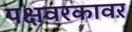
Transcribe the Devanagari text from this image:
पक्षवरकावर